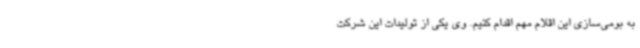
به بومی‌سازی این اقلام مهم اقدام کنیم. وی یکی از تولیدات این شرکت